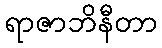
ရာဇာဘိနီတာ